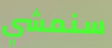
سنمشي